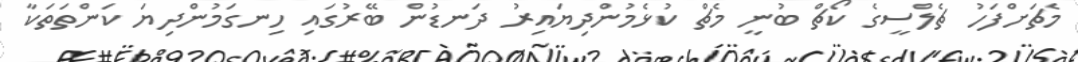
މެޗަށްފަހު ޗެލްސީގެ ކޯޗް ބުނީ މެޗް ކުޅެމުންދިޔައިރު ދަނޑުން ބޭރުގައި ހިނގަމުންދިޔަ ކަންތަތަކާ